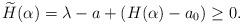
LaTeX: \begin{align*}\widetilde{H} ( \alpha ) = \lambda - a + ( H (\alpha) - a_0 ) \geq 0.\end{align*}